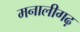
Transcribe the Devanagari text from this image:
मनालीगढ़